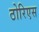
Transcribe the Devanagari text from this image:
ठोरिएस